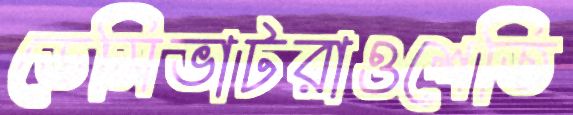
ডেমিভাটরাওশেতি